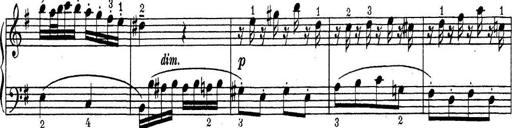
Title: ÄŒeskÃ© Sonatiny
Composer: Various